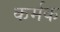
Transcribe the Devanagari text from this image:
कर्मक